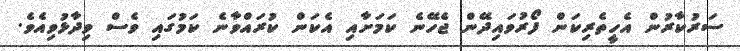
ސަރުކާރުން އެހީތެރިކަން ފޯރުވައިދޭން ޖެހޭނެ ކަމަށާއި އެކަން ކުރައްވާނެ ކަމުގައި ވެސް ވިދާޅުވިއެވެ.